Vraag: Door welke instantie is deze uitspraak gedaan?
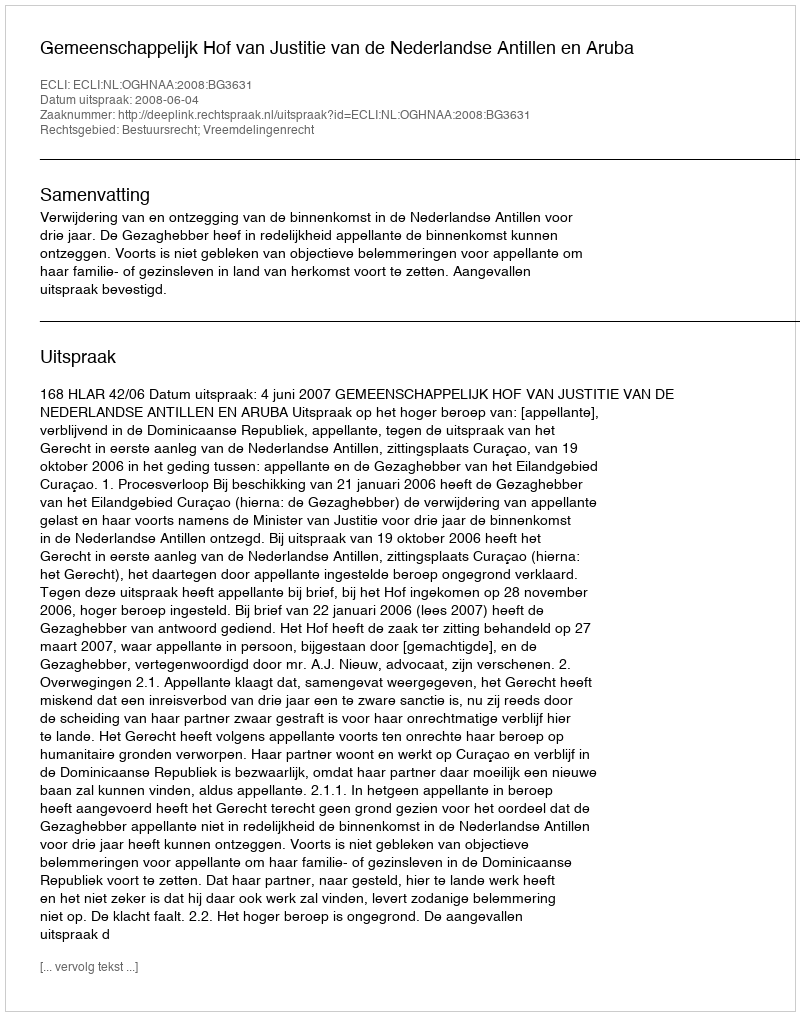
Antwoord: Gemeenschappelijk Hof van Justitie van de Nederlandse Antillen en Aruba